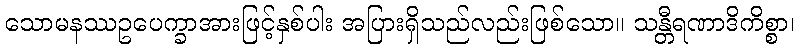
သောမနဿဥပေက္ခာအားဖြင့်နှစ်ပါး အပြားရှိသည်လည်းဖြစ်သော။ သန္တီရဏာဒိကိစ္စာ၊